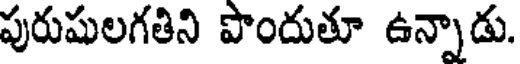
పురుషులగతిని పొందుతూ ఉన్నాడు.